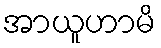
အာယူဟာမိ